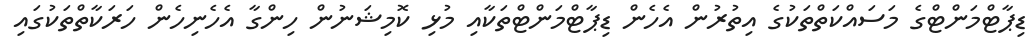
ޑިޕާޓްމަންޓްގެ މަސައްކަތްތަކުގެ އިތުރުން އެހެން ޑިޕާޓްމަންޓްތަކާއި މުޅި ކޮމިޝަނުން ހިންގާ އެހެނިހެން ހަރަކާތްތަކުގައި